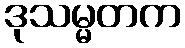
ဒုသမ္မတက